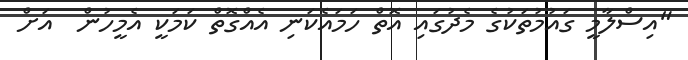
"އިސްލާމީ ގައުމުތަކުގެ މެދުގައި އޮތް ހަމައެކަނި އެއްގޮތް ކަމަކީ އެމީހުން  އަށް